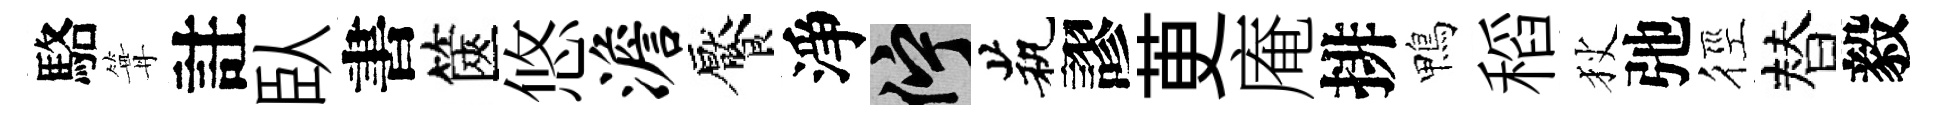
駱篝註臥書篋悠澹饜淨伫茕謬茰庵排鴨稻狄弛徑替毅